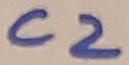
Text: C2